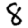
Digit: 8